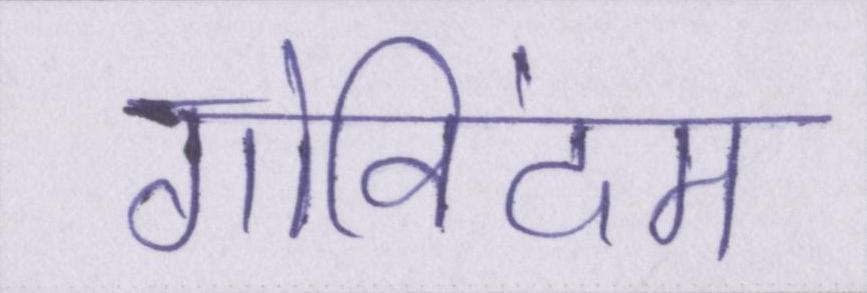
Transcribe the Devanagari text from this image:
गोविंदम